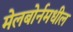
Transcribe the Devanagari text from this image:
मेलबोर्नमधील